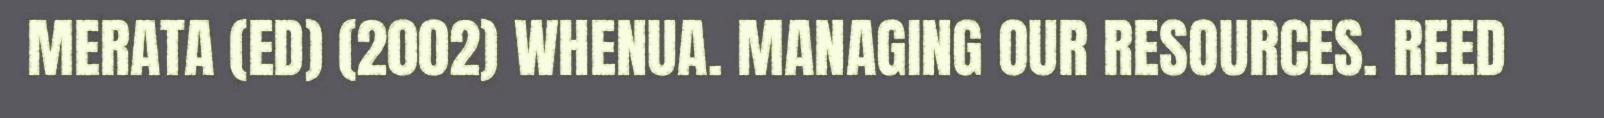
MERATA (ED) (2002) WHENUA. MANAGING OUR RESOURCES. REED